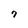
Character: 7